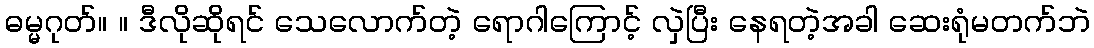
ဓမ္မဂုတ်။ ။ ဒီလိုဆိုရင် သေလောက်တဲ့ ရောဂါကြောင့် လှဲပြီး နေရတဲ့အခါ ဆေးရုံမတက်ဘဲ